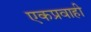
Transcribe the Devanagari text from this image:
एकप्रवाही